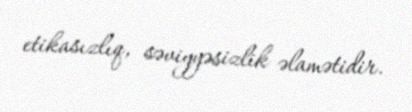
etikasızlıq, səviyyəsizlik əlamətidir.